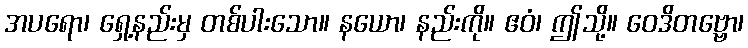
အပရော၊ ရှေ့နည်းမှ တစ်ပါးသော။ နယော၊ နည်းကို။ ဧဝံ၊ ဤသို့။ ဝေဒိတဗ္ဗော၊